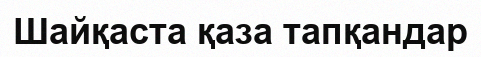
Шайқаста қаза тапқандар